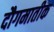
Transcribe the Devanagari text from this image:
दौगमातीक